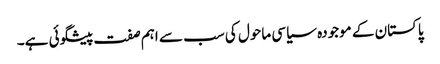
پاکستان کے موجودہ سیاسی ماحول کی سب سے اہم صفت پیشگوئی ہے۔